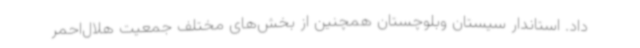
داد. استاندار سیستان وبلوچستان همچنین از بخش‌های مختلف جمعیت هلال‌احمر